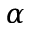
\alpha